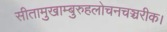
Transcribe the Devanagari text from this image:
सीतामुखाम्बुरुहलोचनचञ्चरीक।